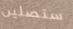
ستصلين